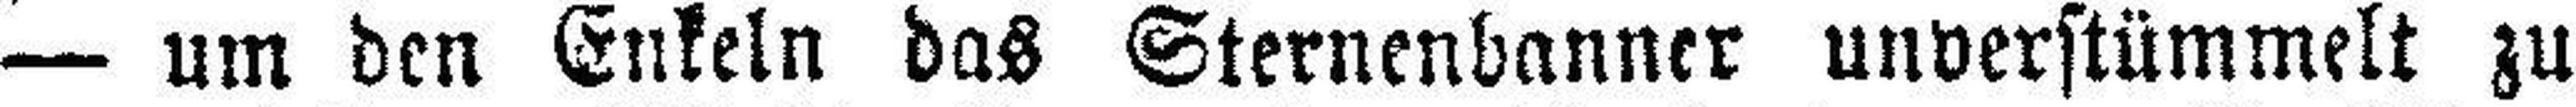
— um den Enkeln das Sternenbanner unverstümmelt zu